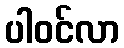
ပါဝင်လာ